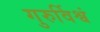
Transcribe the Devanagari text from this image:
गुरुर्विश्वं